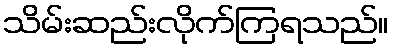
သိမ်းဆည်းလိုက်ကြရသည်။